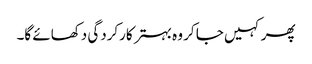
پھر کہیں جا کر وہ بہتر کارکردگی دکھائے گا۔